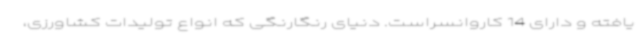
یافته و دارای 14 کاروانسراست. دنیای رنگارنگی که انواع تولیدات کشاورزی،